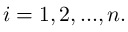
i = 1 , 2 , . . . , n .